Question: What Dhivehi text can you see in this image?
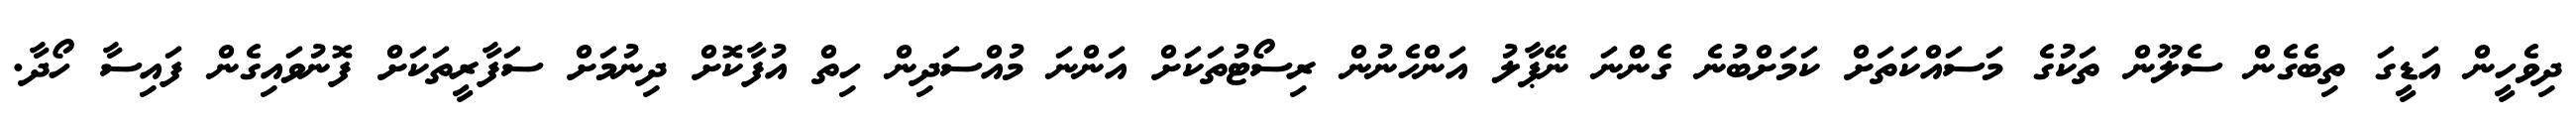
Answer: ދިވެހީން އަޑީގަ ތިބެގެން ސެލޫން ތަކުގެ މަސައްކަތަށް ކަމަށްބުނެ ގެންނަ ނޭޕާލު އަންހެނުން ރިސޯޓުތަކަށް އަންނަ މުއްސަދިން ހިތް އުފާކޮށް ދިނުމަށް ސަފާރީތަކަށް ފޮނުވައިގެން ފައިސާ ހޯދާ.